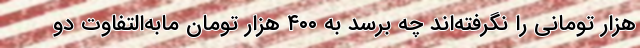
هزار تومانی را نگرفته‌اند چه برسد به ۴۰۰ هزار تومان مابه‌التفاوت دو